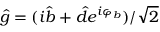
\hat { g } = ( i \hat { b } + \hat { d } e ^ { i \varphi _ { b } } ) / \sqrt { 2 }